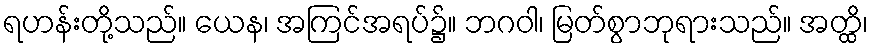
ရဟန်းတို့သည်။ ယေန၊ အကြင်အရပ်၌။ ဘဂဝါ၊ မြတ်စွာဘုရားသည်။ အတ္ထိ၊